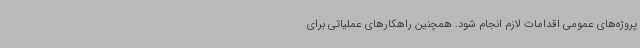
پروژه‌های عمومی اقدامات لازم انجام شود. همچنین راهکارهای عملیاتی برای